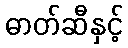
ဓာတ်ဆီနှင့်